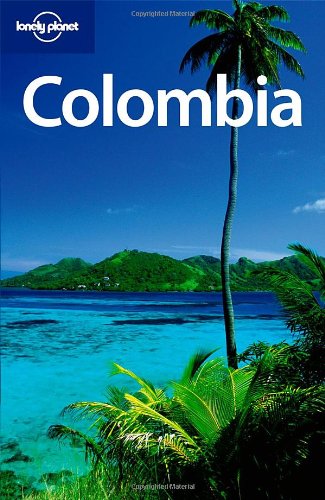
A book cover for Colombia (Country Travel Guide); Kevin Raub; Travel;